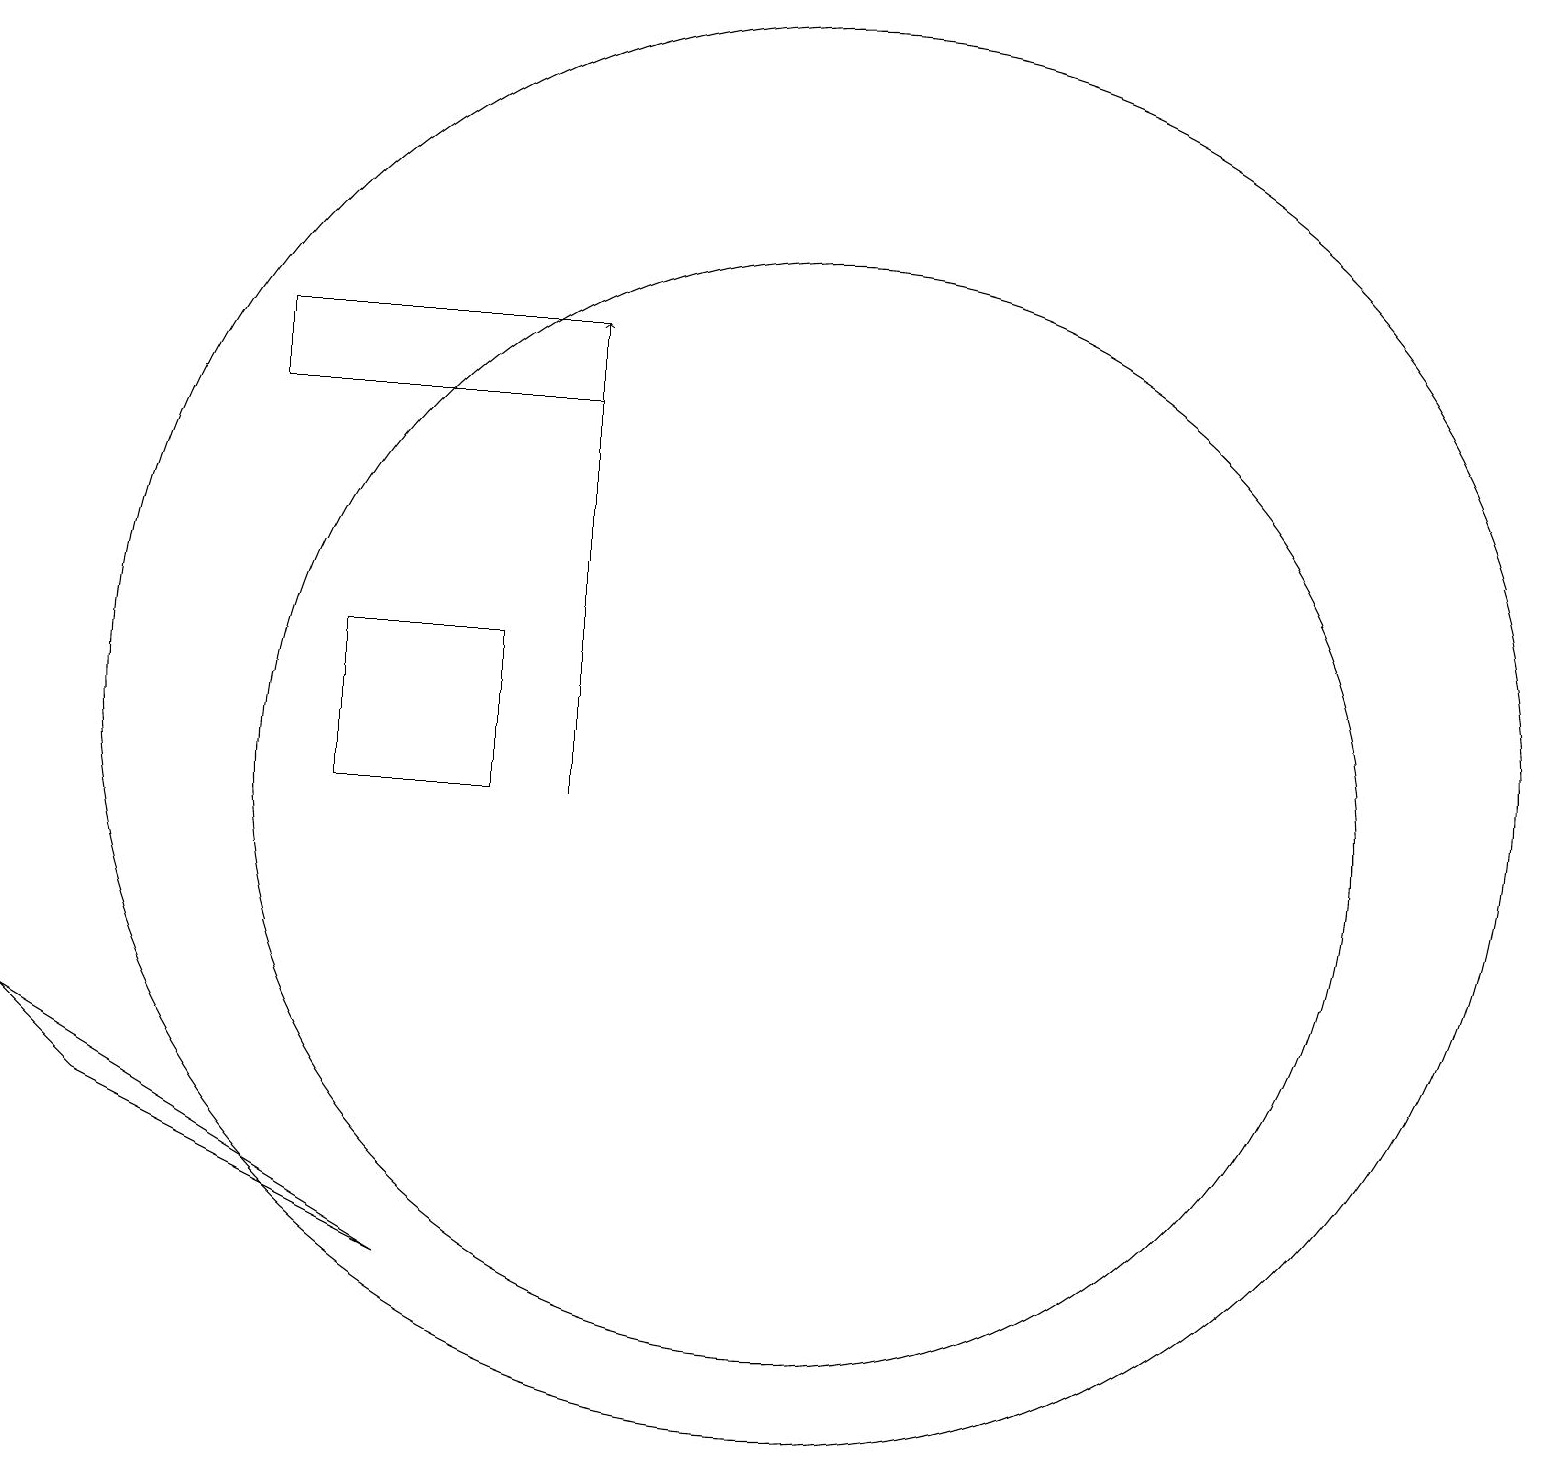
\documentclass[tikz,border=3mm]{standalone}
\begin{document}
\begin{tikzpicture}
\draw (12,11) circle (9);
\draw (12,10) circle (7);
\draw (6,10) rectangle (8,12);
\draw (2,7) -- (7,4) -- (3,6) -- cycle;
\draw[->] (9,10) -- (9,16);
\draw (9,15) rectangle (5,16);
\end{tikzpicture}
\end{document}